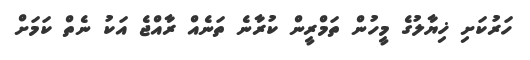
ހަރުކަށި ޚިޔާލުގެ މީހުން ތަމްރީން ކުރާނެ ތަނެއް ރާއްޖެ އަކު ނެތް ކަމަށް